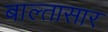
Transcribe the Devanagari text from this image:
बाल्तासार